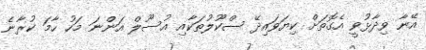
އޭނާ ވިދާޅުވީ އެގޮތަށް ކިޔަވައިދޭ ސްކޫލުތަކާއި އުސޫލް އަންނަ މަހު ހާމަ ކުރާނެ